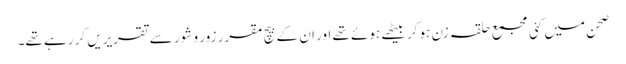
صحن میں کئی مجمع حلقہ زن ہوکر بیٹھے ہوئے تھے اور ان کے بیچ مقرر زور و شور سے تقریریں کر رہے تھے۔